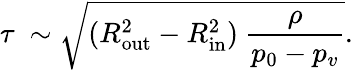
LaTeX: \tau~\sim\sqrt{(R_{\mathrm{out}}^{2}-R_{\mathrm{in}}^{2})~\frac{\rho}{p_{0}-p_{v}}}.